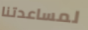
لمساعدتنا